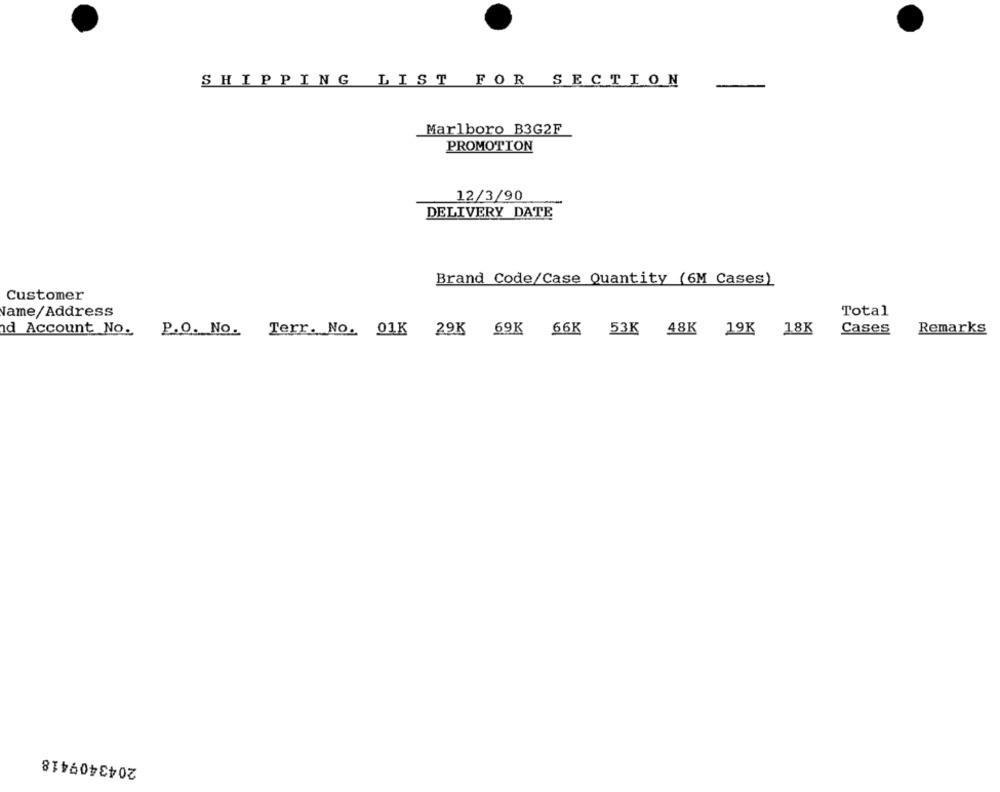
SHIPPING LIST FOR SECTION
-
Marlboro B3G2F
PROMOTION
12/3/90
DELIVERY DATE
Brand Code/Case Quantity (6M Cases)
Customer
Name/Address
Total
d Account No. P.O. No. Terr. No. 01K 29K 69K 66K 53K 48K 19K 18K
Cases
Remarks
2043409418